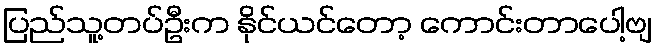
ပြည်သူ့တပ်ဦးက နိုင်ယင်တော့ ကောင်းတာပေါ့ဗျ